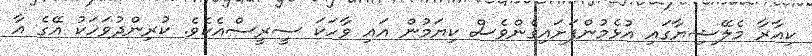
ކިއާރާ މެލޭޝިޔާގައި އުޅެމުންފަށައިގެންވެސް ކިޔަމުން އައި ވާހަކަ ސީރީސްއެކެވެ. ކުރިންދުވަހަކު އޭގެ އާ